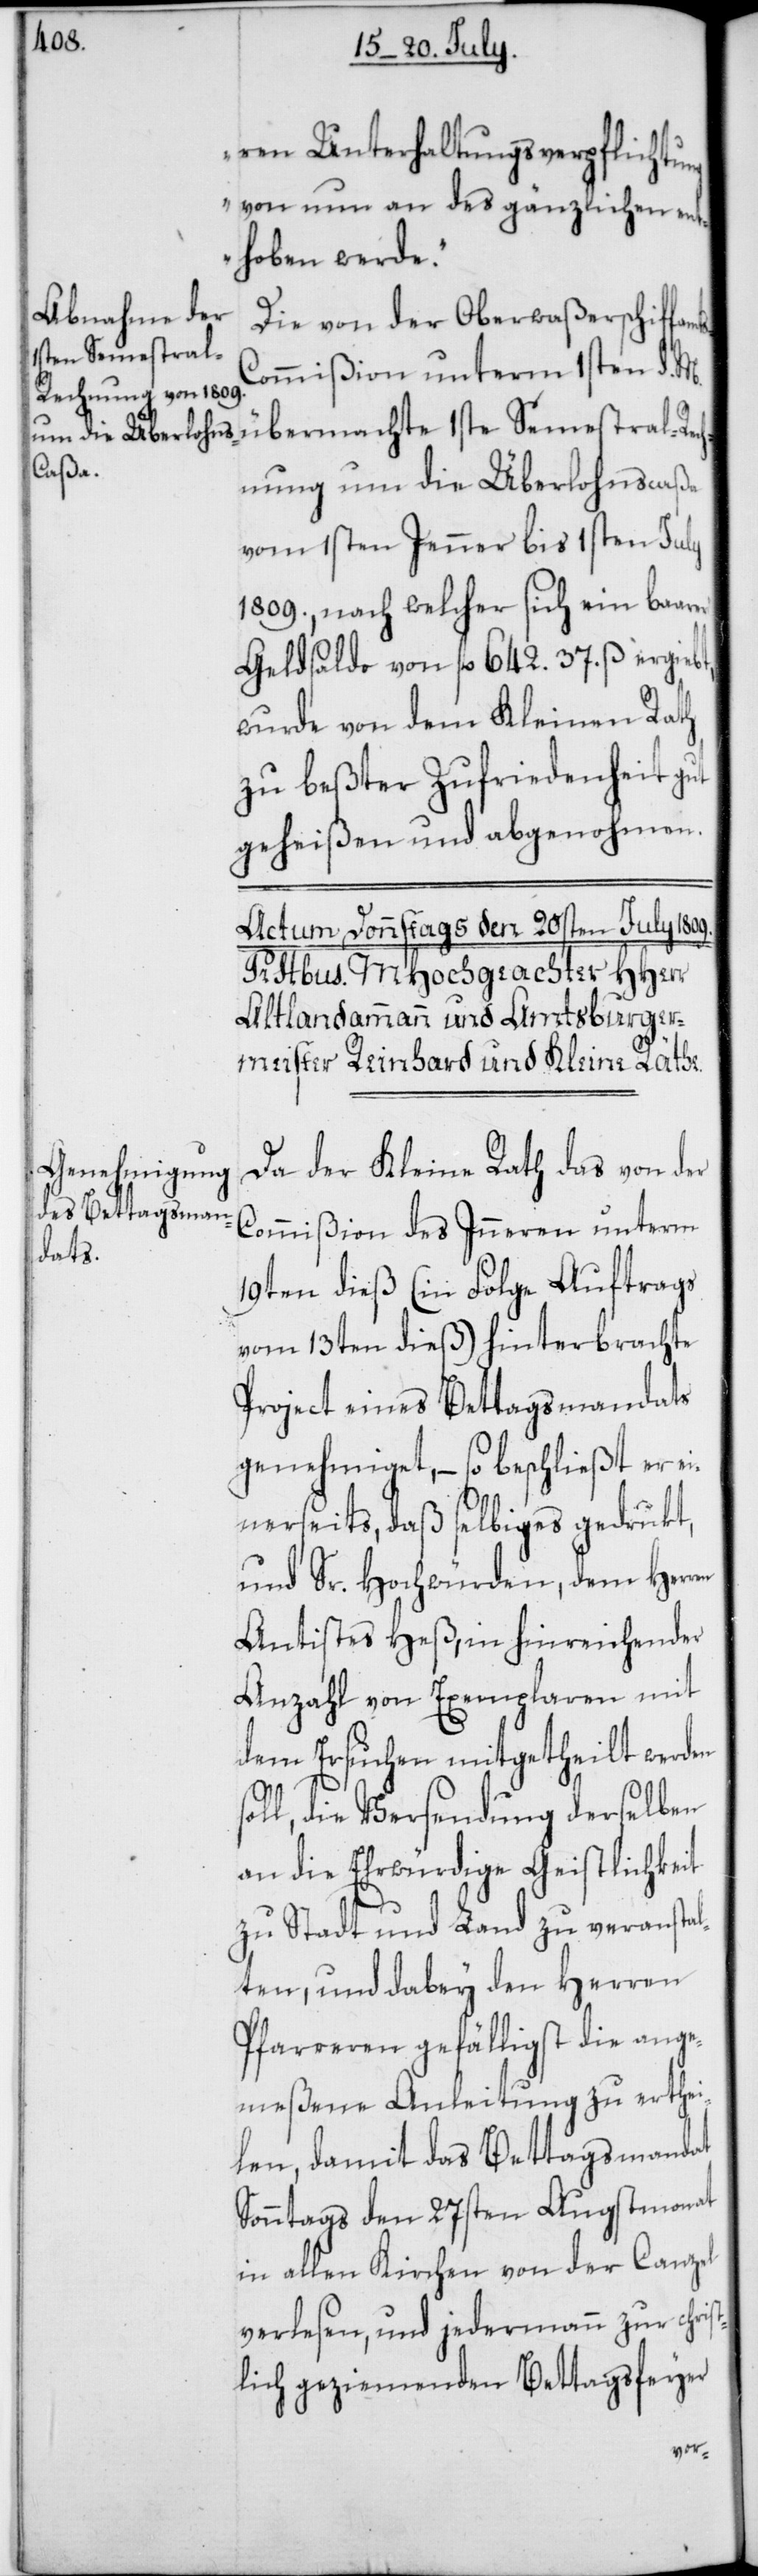
ren Unterhaltungsverpflichtung
von nun an des gänzlichen ent¬
hoben werde.“
Die von der Oberwaßerschiffamt¬
ommißion unterm 1sten d. M.
übermachte 1ste Semestral-Re¬
chnung um die Überlohnscaßa
vom 1sten Jenner bis 1sten July
1809., nach welcher sich ein baarer
Geldsaldo von fl. 642. 37. ß ergiebt,
wurde von dem Kleinen Rath
zu beßter Zufriedenheit gut
geheißen und abgenohmen.
Da der Kleine Rath das von der
Commißion des Inneren unterm
19ten dieß (in Folge Auftrags
vom 13ten dieß) hinterbrachte
Project eines Bettagsmandats
genehmiget, – so beschließt er e¬
inerseits, daß selbiges gedrukt
und Sr. Hochwürden, dem Herren
Antistes Heß, in hinreichender
Anzahl von Exemplaren mit
dem Ersuchen mitgetheilt werden
soll, die Versendung derselben
an die Ehrwürdige Geistlichkeit
zu Stadt und Land zu veranstal¬
ten, und dabey den Herren
Pfarreren gefälligst die ange¬
meßene Anleitung zu erthei¬
len, damit das Bettagsmandat
Sonntags den 27sten Augstmonat
in allen Kirchen von der Canzel
verlesen, und jedermann zu christ¬
lich geziemenden Bettagsfeyer
s-C¬